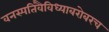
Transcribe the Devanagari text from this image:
वनस्पतिवैविध्याबरोबरच